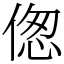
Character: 偬